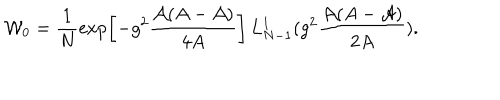
{ \cal W } _ { 0 } = \frac { 1 } { N } \exp \left[ - g ^ { 2 } \frac { { \cal A } ( A - { \cal A } ) } { 4 A } \right] \, L _ { N - 1 } ^ { 1 } ( g ^ { 2 } \frac { { \cal A } ( A - { \cal A } ) } { 2 A } ) .